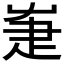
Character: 𤴗